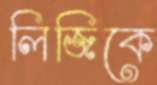
লিজিকে